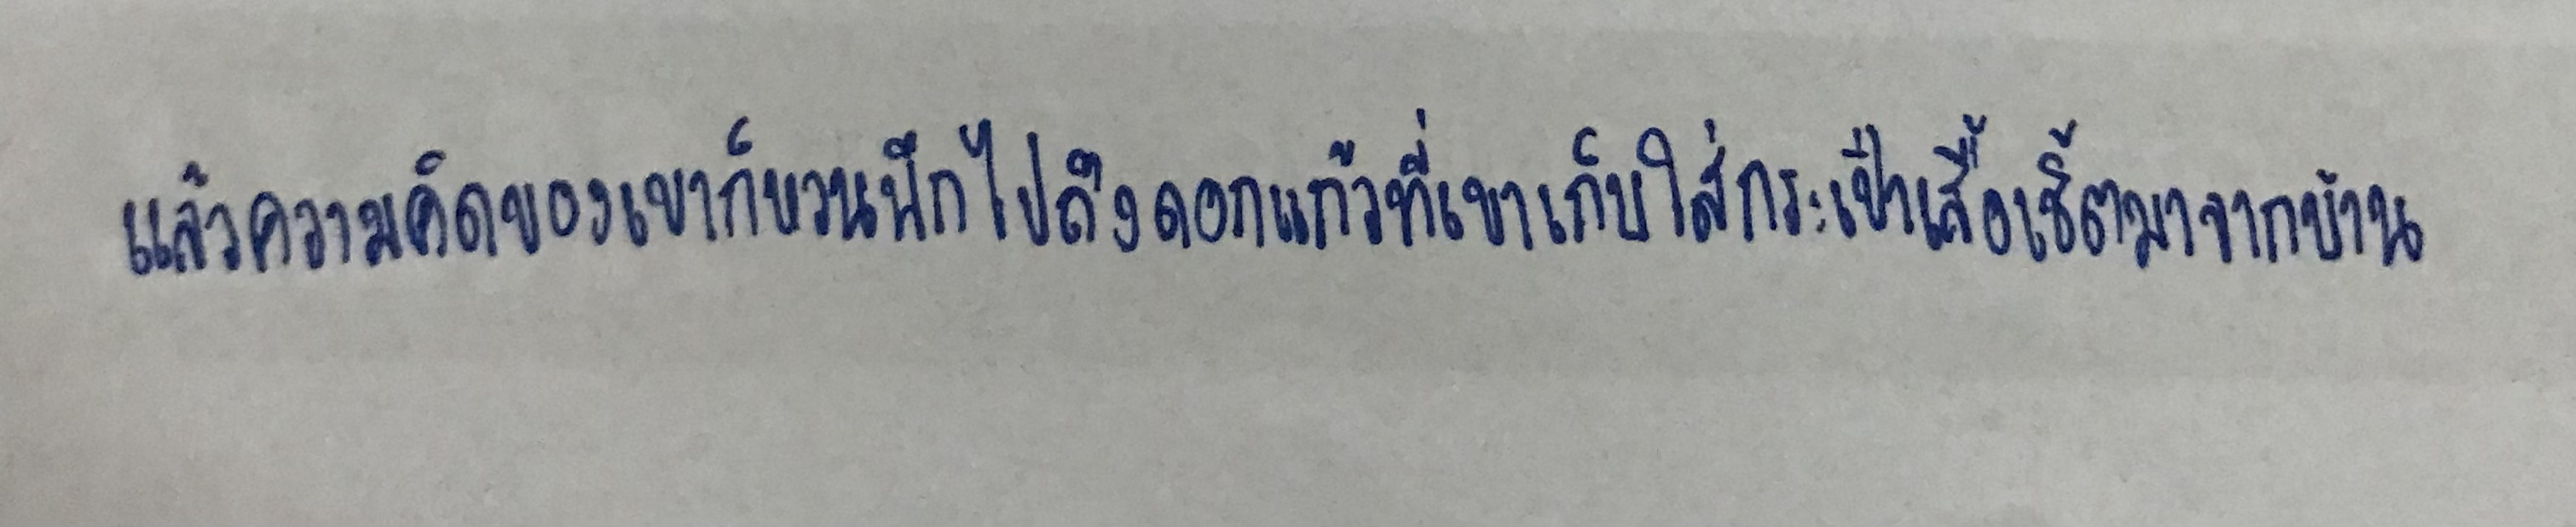
แล้วความคิดของเขาก็หวนนึกไปถึงดอกแก้วที่เขาเก็บใส่กระเป๋าเสื้อเชิ้ตมาจากบ้าน